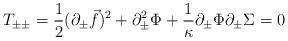
LaTeX: \begin{align*}T_{\pm\pm} = {1 \over 2} (\partial_\pm {\vec f})^2 + \partial_\pm^2 \Phi + {1 \over \kappa} \partial_\pm \Phi \partial_\pm \Sigma= 0\end{align*}